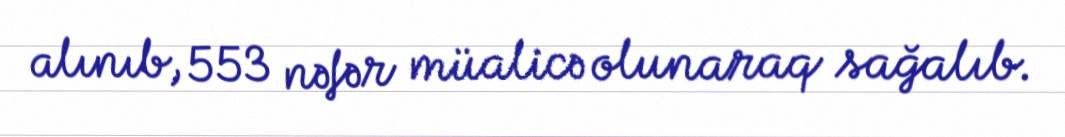
alınıb, 553 nəfər müalicə olunaraq sağalıb.